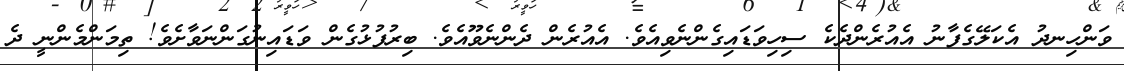
ވަންހިނދު އެކަލޭގެފާނު އެއުރެންދެކެ ސިހިވަޑައިގެންނެވިއެވެ. އެއުރެން ދެންނެވޫއެވެ. ބިރުފުޅުގެން ވަޑައިނުގަންނަވާށެވެ! ތިމަންމެންނީ ދެ